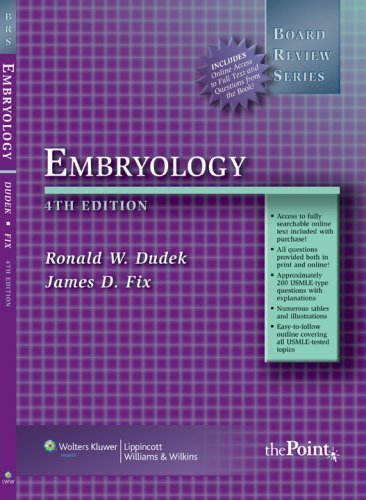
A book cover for By Ronald W. Dudek: BRS Embryology (Board Review Series) Fourth (4th) Edition; -Author-; Medical Books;